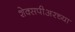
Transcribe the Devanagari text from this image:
शेक्सपीअरच्या